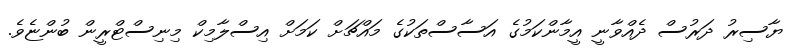
ޔާސިރު ދަރުސް ދެއްވާނީ އީމާންކަމުގެ އަސާސްތަކުގެ މައްޗަށް ކަމަށް އިސްލާމިކް މިނިސްޓްރީން ބުންޏެވެ.